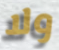
ولا